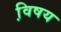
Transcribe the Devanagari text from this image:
वि़षय